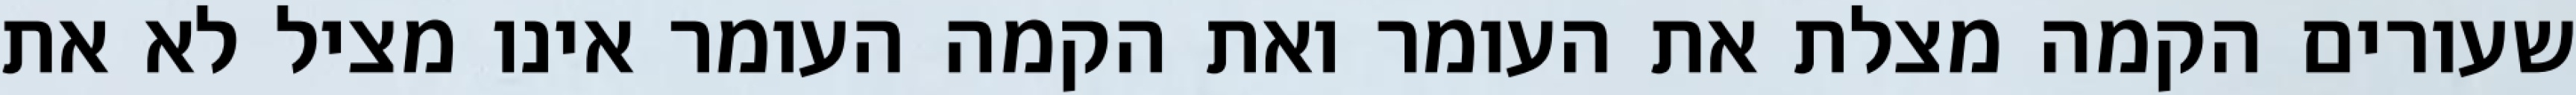
שעורים הקמה מצלת את העומר ואת הקמה העומר אינו מציל לא את